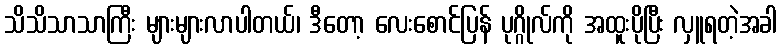
သိသိသာသာကြီး များများလာပါတယ်၊ ဒီတော့ လေးစောင်ပြန် ပုဂ္ဂိုလ်ကို အထူးပိုပြီး လှူရတဲ့အခါ